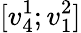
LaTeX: [v_{4}^{1};v_{1}^{2}]